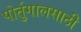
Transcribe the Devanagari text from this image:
पोर्तुगालसाठी